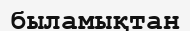
быламықтан